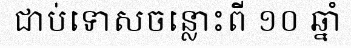
ជាប់ទោសចន្លោះពី ១០ ឆ្នាំ